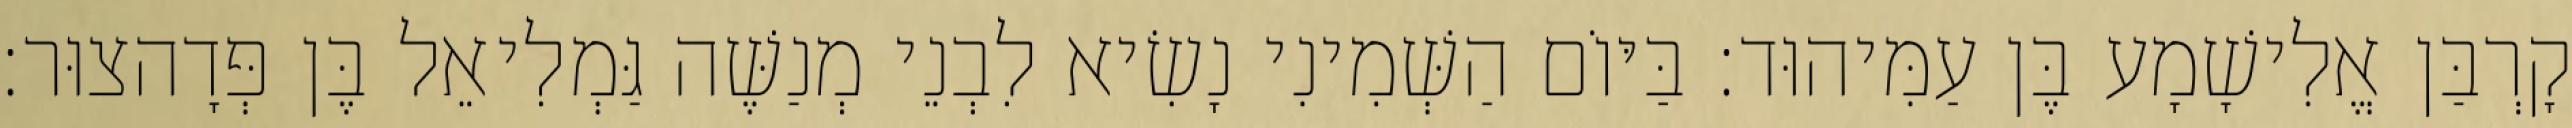
קָרְבַּן אֱלִישָׁמָע בֶּן עַמִּיהוּד׃ בַּיּוֹם הַשְּׁמִינִי נָשִׂיא לִבְנֵי מְנַשֶּׁה גַּמְלִיאֵל בֶּן פְּדָהצוּר׃